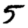
Digit: 5